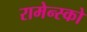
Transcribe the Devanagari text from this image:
रामेन्स्को